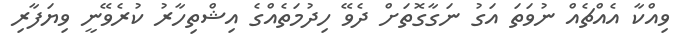
ވިއްކާ އެއްޗެއް ނުވަަތަ އަގު ނަގާގޮތަށް ދެވޭ ހިދުމަތެއްގެ އިޝްތިހާރު ކުރެވޭނީ ވިޔަފާރި